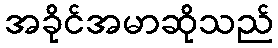
အခိုင်အမာဆိုသည်